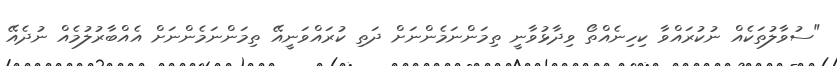
"ސުވާލުތަކެއް ނުކުރައްވާ ކިހިނެއްތޯ ވިދާޅުވާނީ ތިމަންނަމެންނަށް ދަތި ކުރައްވަނީއޭ ތިމަންނަމެންނަށް އެއްބާރުލުމެއް ނުދެއޭ